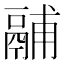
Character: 鬴